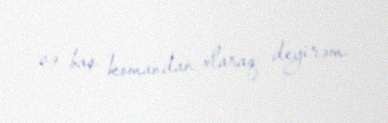
və baş komandan olaraq deyirəm.